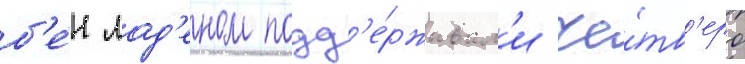
б'е́н лад'еном подд'е́рживал'и че́тв'еро